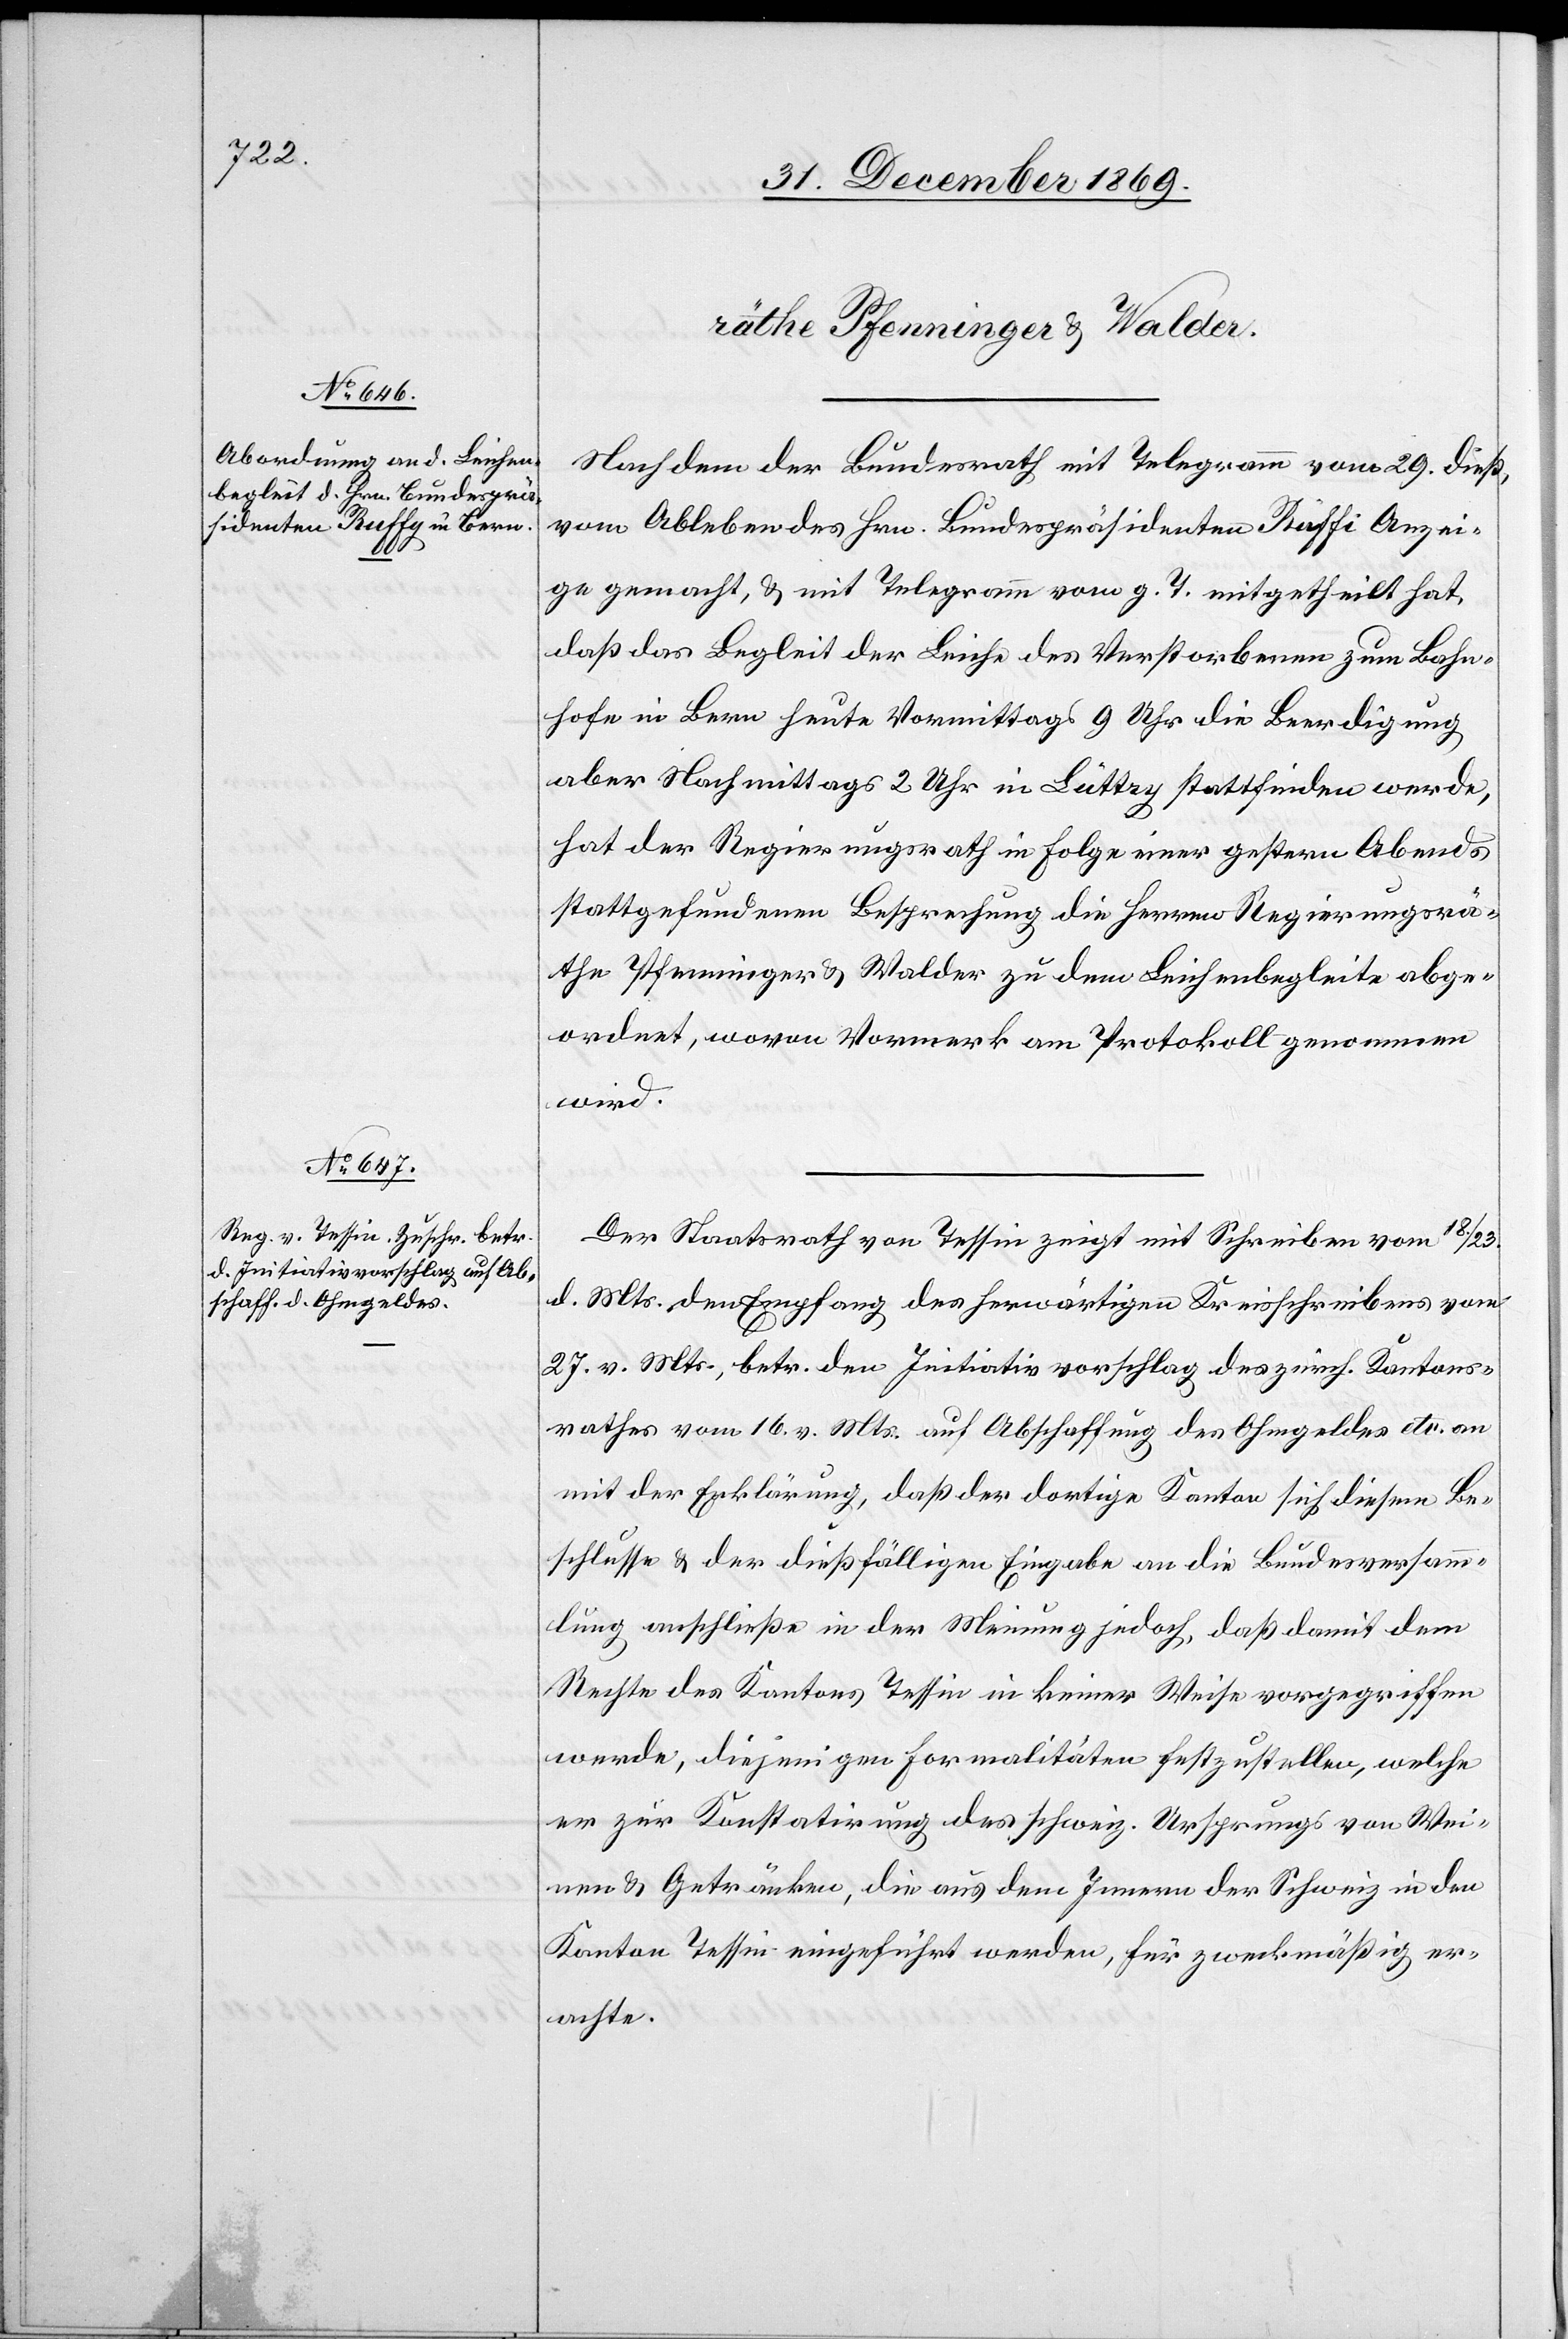
Nachdem der Bundesrath mit Telegramm vom 29. dieß,
vom Ableben des Hrn. Bundespräsidenten Rüffi [sic!] Anzei¬
ge gemacht, & mit Telegramm vom g. T. mitgetheilt hat,
daß das Begleit der Leiche des Verstorbenen zum Bahn¬
hofe in Bern heute Vormittags 9 Uhr die Beerdigung
aber Nachmittags 2 Uhr in Lüttry stattfinden werde,
hat der Regierungsrath in Folge einer gestern Abends
stattgefundenen Besprechung die Herren Regierungsrä¬
the Pfenninger & Walder zu dem Leichenbegleite abge¬
ordnet, wovon Vormerk am Protokoll genommen
wird.
Der Staatsrath von Tessin zeigt mit Schreiben vom 18./23.
d. Mts. den Empfang des herwärtigen Kreisschreibens vom
27. v. Mts., betr. den Initiativvorschlag des zürch. Kantons¬
rathes vom 16. v. Mts. auf Abschaffung des Ohmgeldes etc. an
mit der Erklärung, daß der dortige Kanton sich diesem Be¬
schlusse & der dießfälligen Eingabe an die Bundesversamm¬
lung anschließe in der Meinung jedoch, daß damit dem
Rechte des Kantons Tessin in keiner Weise vorgegriffen
werde, diejenigen Formalitäten festzustellen, welche
er zur Konstatirung des schweiz. Ursprungs von Wei¬
nen & Getränken, die aus dem Innern der Schweiz in den
Kanton Tessin eingeführt werden, für zweckmäßig er¬
achte.